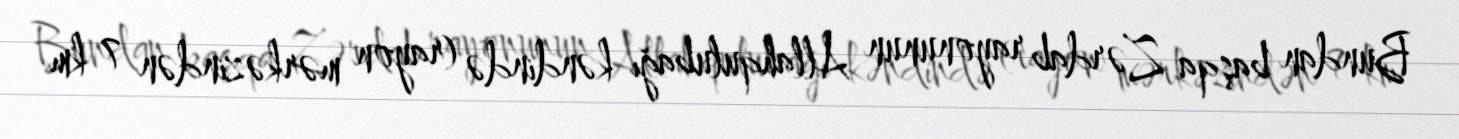
Bundan başqa Zərdab rayonunun Allahqulubağı kəndində (rayon mərkəzindən 7 km